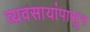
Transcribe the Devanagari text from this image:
व्यवसायांपासून